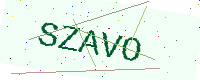
Text: SZAVO